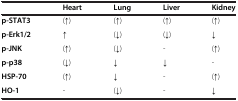
<table><thead><tr><td><b> </b></td><td><b>Heart</b></td><td><b>Lung</b></td><td><b>Liver</b></td><td><b>Kidney</b></td></tr></thead><tbody><tr><td><b>p-STAT3</b></td><td>(↑)</td><td>(↑)</td><td>(↑)</td><td>(↑)</td></tr><tr><td><b>p-Erk1/2</b></td><td>↑</td><td>(↓)</td><td>(↓)</td><td>↓</td></tr><tr><td><b>p-JNK</b></td><td>(↑)</td><td>(↓)</td><td>-</td><td>(↑)</td></tr><tr><td><b>p-p38</b></td><td>(↓)</td><td>↓</td><td>↓</td><td>-</td></tr><tr><td><b>HSP-70</b></td><td>(↑)</td><td>↓</td><td>-</td><td>(↑)</td></tr><tr><td><b>HO-1</b></td><td>-</td><td>(↓)</td><td>-</td><td>↓</td></tr></tbody></table>